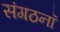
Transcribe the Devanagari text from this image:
संगठनॉ